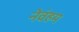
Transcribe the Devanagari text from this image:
नेवंहम